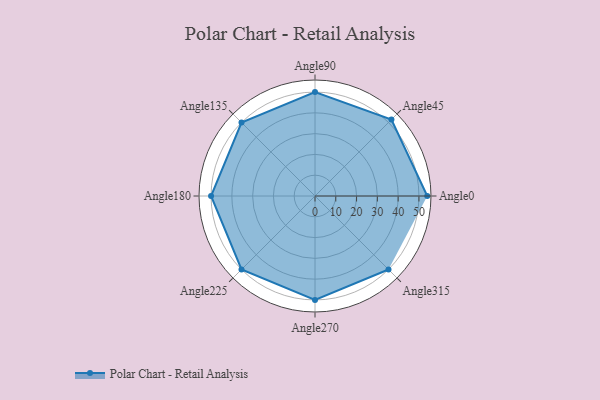
{"axis": {"x": "Angle", "y": "Radius"}, "legend": [""], "data": [{"x": "Angle0", "y": 54.0, "type": ""}, {"x": "Angle45", "y": 52.0, "type": ""}, {"x": "Angle90", "y": 50, "type": ""}, {"x": "Angle135", "y": 50, "type": ""}, {"x": "Angle180", "y": 50, "type": ""}, {"x": "Angle225", "y": 50, "type": ""}, {"x": "Angle270", "y": 50, "type": ""}, {"x": "Angle315", "y": 50, "type": ""}]}